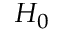
H _ { 0 }